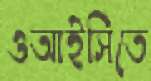
ওআইসিতে